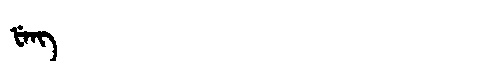
Manchu: ᡶᡝᠩ
Romanization: FENG